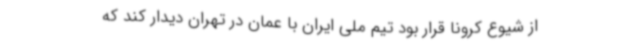
از شیوع کرونا قرار بود تیم ملی ایران با عمان در تهران دیدار کند که